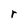
Character: r